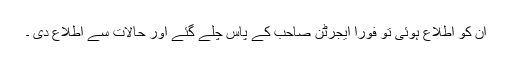
ان کو اطلاع ہوئی تو فوراً ایجرٹن صاحب کے پاس چلے گئے اور حالات سے اطلاع دی ۔